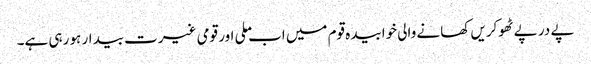
پے در پے ٹھوکریں کھانے والی خوابیدہ قوم میں اب ملی اور قومی غیرت بیدار ہو رہی ہے۔